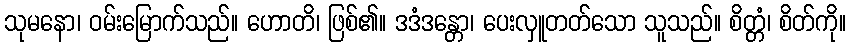
သုမနော၊ ဝမ်းမြောက်သည်။ ဟောတိ၊ ဖြစ်၏။ ဒဒံဒန္တော၊ ပေးလှူတတ်သော သူသည်။ စိတ္တံ၊ စိတ်ကို။